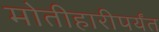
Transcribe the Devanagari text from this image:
मोतीहारीपर्यंत